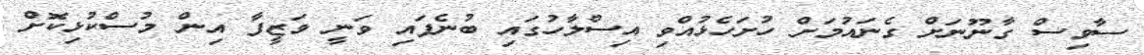
ސާވިސް ގާނޫނަށް ގެނައުމަށް ހުށަހެޅުއްވި އިސްލާހުގައި ބުނެފައި ވަނީ ވަޒީފާ އިން މުސްކުޅިިކޮށް